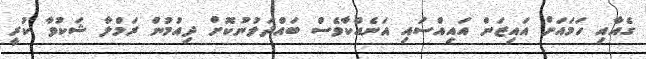
ގެއާއި ހަމައަށް އައިޒަން އައިއްސައި އަނެއްކާވެސް ބައްދަލުނުކޮށް ދިއުމުން ރަމްލާ ޝަކުވާ ކުރީ